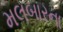
મલબારના